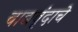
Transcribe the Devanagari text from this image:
वाद्यवृंदाचे